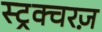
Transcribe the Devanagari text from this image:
स्ट्रक्चरज़